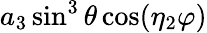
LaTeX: a_{3}\sin^{3}\theta\cos(\eta_{2}\varphi)